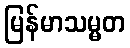
မြန်မာသမ္မတ